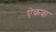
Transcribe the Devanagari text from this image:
ऐकवा